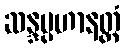
ဆန္ဒပ္ပဟာနတ္ထံ